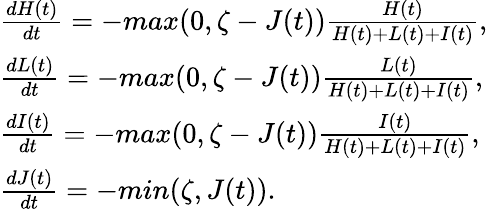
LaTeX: \begin{array}{l}{\frac{dH(t)}{dt}=-max(0,\zeta-J(t))\frac{H(t)}{H(t)+L(t)+I(t)},}\\ {\frac{dL(t)}{dt}=-max(0,\zeta-J(t))\frac{L(t)}{H(t)+L(t)+I(t)},}\\ {\frac{dI(t)}{dt}=-max(0,\zeta-J(t))\frac{I(t)}{H(t)+L(t)+I(t)},}\\ {\frac{dJ(t)}{dt}=-min(\zeta,J(t)).}\end{array}